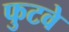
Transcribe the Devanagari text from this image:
फुटवे